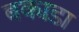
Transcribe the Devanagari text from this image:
बकाडा